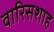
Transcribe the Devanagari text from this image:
वारिसशाह